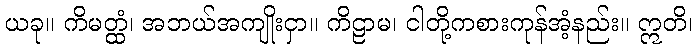
ယခု။ ကိမတ္ထံ၊ အဘယ်အကျိုးငှာ။ ကိဠာမ၊ ငါတို့ကစားကုန်အံ့နည်း။ ဣတိ၊